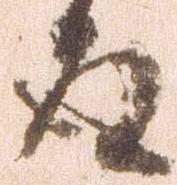
殿